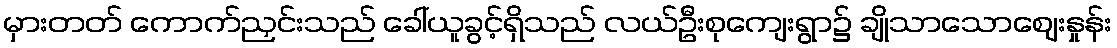
မှားတတ် ကောက်ညှင်းသည် ခေါ်ယူခွင့်ရှိသည် လယ်ဦးစုကျေးရွာ၌ ချိုသာသောဈေးနှုန်း